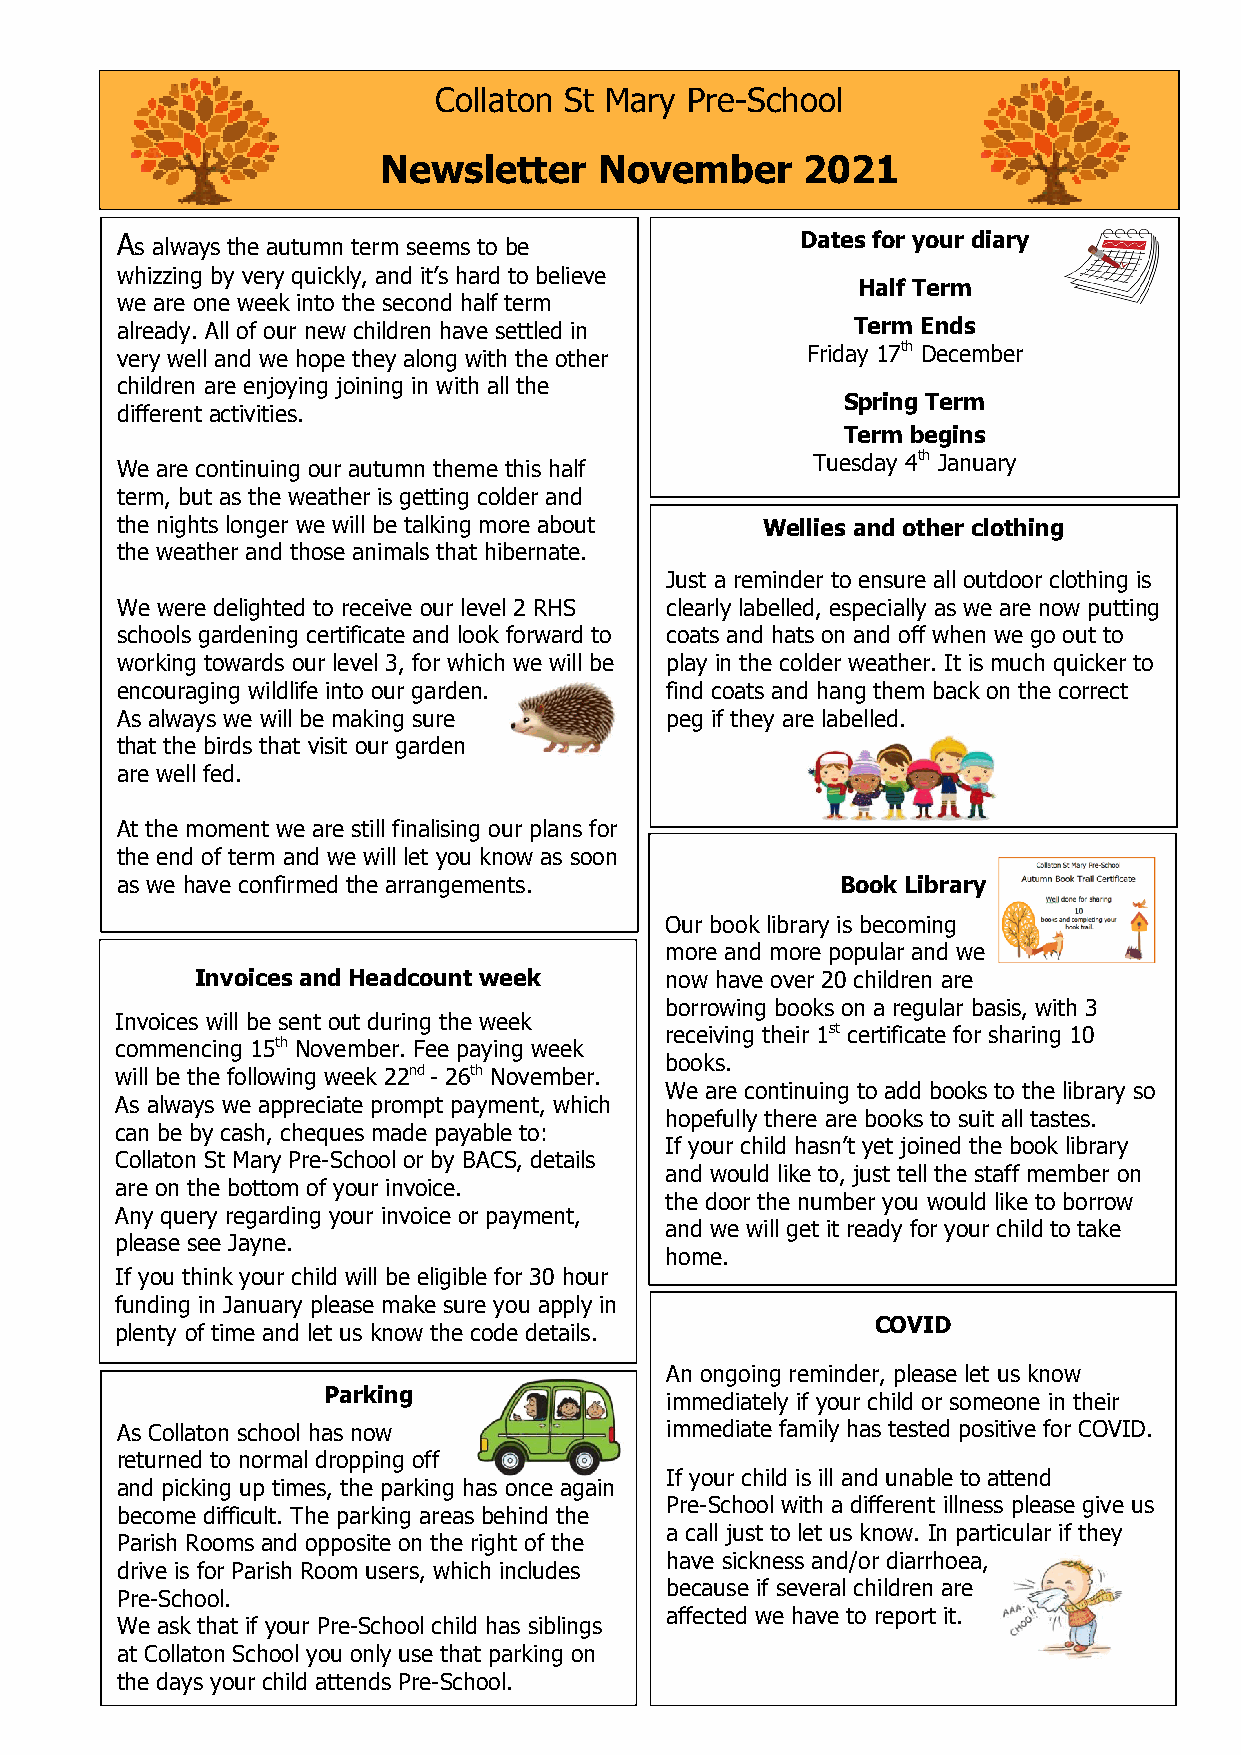
Collaton St Mary Pre-School
 Newsletter     November     2021
 As a l w a y s t h e a u t u m n t e r m s e e m s t o b e Dates for your diary
 whizzing by very quickly, and it’s hard to believe
 Half Term
 we are one week into the second half term
 already. All of our new children have settled in Term Ends
 very well and we hope they along with the other Friday 17th December
 children are enjoying joining in with all the
 Spring Term
 different activities.
 Term begins
 Tuesday 4th January
 We are continuing our autumn theme this half
 term, but as the weather is getting colder and
 the nights longer we will be talking more about Wellies and other clothing
 the weather and those animals that hibernate.
 Just a reminder to ensure all outdoor clothing is
 We were delighted to receive our level 2 RHS clearly labelled, especially as we are now putting
 schools gardening certificate and look forward to coats and hats on and off when we go out to
 wor king towards our level 3, for which we will be play in the colder weather. It is much quicker to
 encouraging wildlife into our garden. find coats and hang them back on the correct
 As a lways we will be making sure   peg if they are labelled.
 that the birds that visit our garden
 are well fed.
 At t he moment we are still finalising our plans for
 the end of term and we will let you know as soon
 as w e have confirmed the arrangements.         Book L ibrary
 Our book library is becoming
 more and more popular and we
 I n v o i c e s a n d H e a d c o u n t w e e k now have over 20 children are
 borrowing books on a regular basis, with 3
 I nvoices will be sent out during the week
 receiving their 1st certificate for sharing 10
 c ommencing 15th November. Fee paying week
 books.
 w ill be the following week 22nd - 26th November.
 We are continuing to add books to the library so
 As always we appreciate prompt payment, which
 hopefully there are books to suit all tastes.
 can be by cash, cheques made payable to:
 If your child hasn’t yet joined the book library
 Collaton St Mary Pre-School or by BACS, details
 and would like to, just te ll the staff member on
 are on the bottom of your invoice.
 the door the number you would like to borrow
 Any query regarding your invoice or payment,
 and we will get it ready f or your child to take
 plea se see Jayne.
 home.
 If you think your child will be eligible for 30 hour
 fund ing in January please make sure you apply in
 COVID
 plenty of time and let us know the code details.
 An ongoing reminder, please let us know
 Parking
 immediately if your child or someone in their
 As Collaton school has now          immediate family has tested positive for COVID.
 returned to normal dropping off
 If your child is ill and unable to attend
 and picking up times, the parking has once again
 become difficult. The parking areas behind the
 Pre-School with a differe nt illness please give us
 a call just to let us know. In particular if they
 Parish Rooms and opposite on the right of the
 have sickness and/or diarrhoea,
 drive is for Parish Room users, which includes
 because if several children are
 Pre-School.
 We ask that if your Pre-School child has siblings
 affected we have to repo rt it.
 at Collaton School you only use that parking on
 the days your child attends Pre-School.